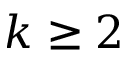
k \geq 2